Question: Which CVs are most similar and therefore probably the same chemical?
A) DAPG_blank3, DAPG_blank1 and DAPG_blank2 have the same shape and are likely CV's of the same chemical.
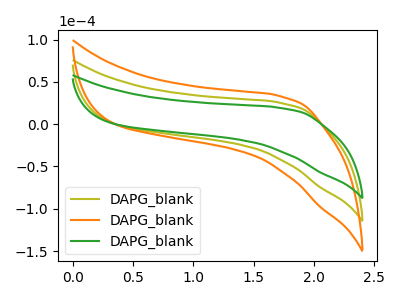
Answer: <think>The olive curve "DAPG_blank1" has no peaks. The orange curve "DAPG_blank2" has no peaks. The green curve "DAPG_blank3" has no peaks.
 Neither "DAPG_blank1" or "DAPG_blank2" have any peaks. Neither "DAPG_blank1" or "DAPG_blank3" have any peaks. Neither "DAPG_blank2" or "DAPG_blank3" have any peaks.</think>
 <answer>A) "DAPG_blank3", "DAPG_blank1" and "DAPG_blank2" have the same shape and are likely CV's of the same chemical.</answer>
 <eval>A</eval>